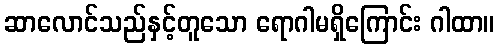
ဆာလောင်သည်နှင့်တူသော ရောဂါမရှိကြောင်း ဂါထာ။